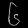
Digit: ၆